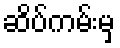
ဆိပ်ကမ်းမှ